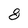
Character: 8